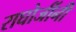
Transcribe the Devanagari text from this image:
राघोजींनी